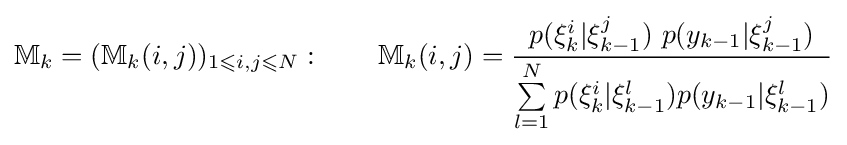
\mathbb {M} _{k}=(\mathbb {M} _{k}(i,j))_{1\leqslant i,j\leqslant N}:\qquad \mathbb {M} _{k}(i,j)={\frac {p(\xi _{k}^{i}|\xi _{k-1}^{j})~p(y_{k-1}|\xi _{k-1}^{j})}{\sum \limits _{l=1}^{N}p(\xi _{k}^{i}|\xi _{k-1}^{l})p(y_{k-1}|\xi _{k-1}^{l})}}